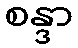
စန္ဒာ